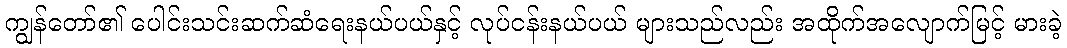
ကျွန်တော်၏ ပေါင်းသင်းဆက်ဆံရေးနယ်ပယ်နှင့် လုပ်ငန်းနယ်ပယ် များသည်လည်း အထိုက်အလျောက်မြင့် မားခဲ့